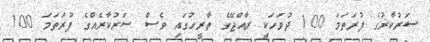
ސަރުކާރުގެ ފުރަތަމަ 100 ދުވަހަކީ ރާއްޖޭގެ ތާރީހުގައި ވެސް ސަރުކާރެއްގެ ފުރަތަމަ 100